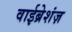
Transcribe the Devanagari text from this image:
वाईब्रेशंज़